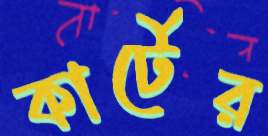
কার্টের